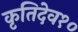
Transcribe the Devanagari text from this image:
कृतिदेव१०